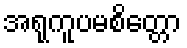
အရုကူပမစိတ္တော